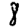
Digit: 8